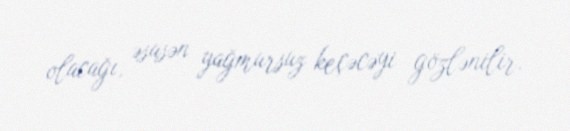
olacağı, əsasən yağmursuz keçəcəyi gözlənilir.